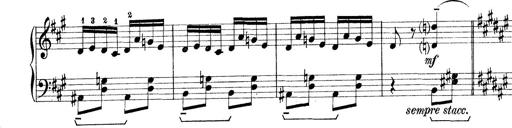
Title: Rapsodie: 19 ungheresi, 1 spagnuola
Composer: Franz Liszt